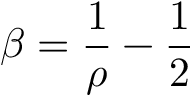
\beta = \frac { 1 } { \rho } - \frac { 1 } { 2 }